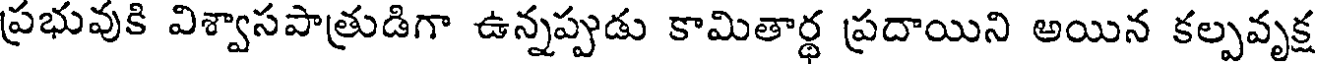
ప్రభువుకి విశ్వాసపాత్రుడిగా ఉన్నప్పుడు కామితార్థ ప్రదాయిని అయిన కల్పవృక్ష